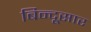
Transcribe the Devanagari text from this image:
बिन्दूसार